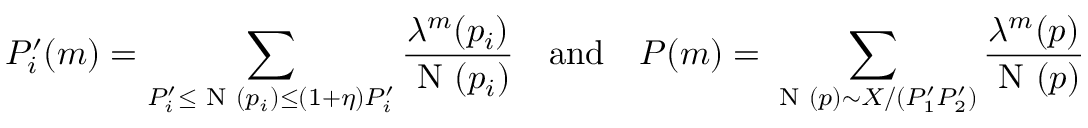
P _ { i } ^ { \prime } ( m ) = \sum _ { P _ { i } ^ { \prime } \le \textnormal { N } ( p _ { i } ) \le ( 1 + \eta ) P _ { i } ^ { \prime } } \frac { \lambda ^ { m } ( p _ { i } ) } { \textnormal { N } ( p _ { i } ) } \quad \mathrm { a n d } \quad P ( m ) = \sum _ { \textnormal { N } ( p ) \sim X / ( P _ { 1 } ^ { \prime } P _ { 2 } ^ { \prime } ) } \frac { \lambda ^ { m } ( p ) } { \textnormal { N } ( p ) }